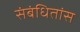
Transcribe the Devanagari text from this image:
संबंधितांस